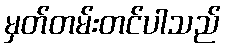
မှတ်တမ်းတင်ပါသည်